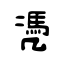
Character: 凴